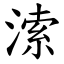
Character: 溹